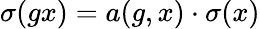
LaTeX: \sigma(gx)=a(g,x)\cdot\sigma(x)